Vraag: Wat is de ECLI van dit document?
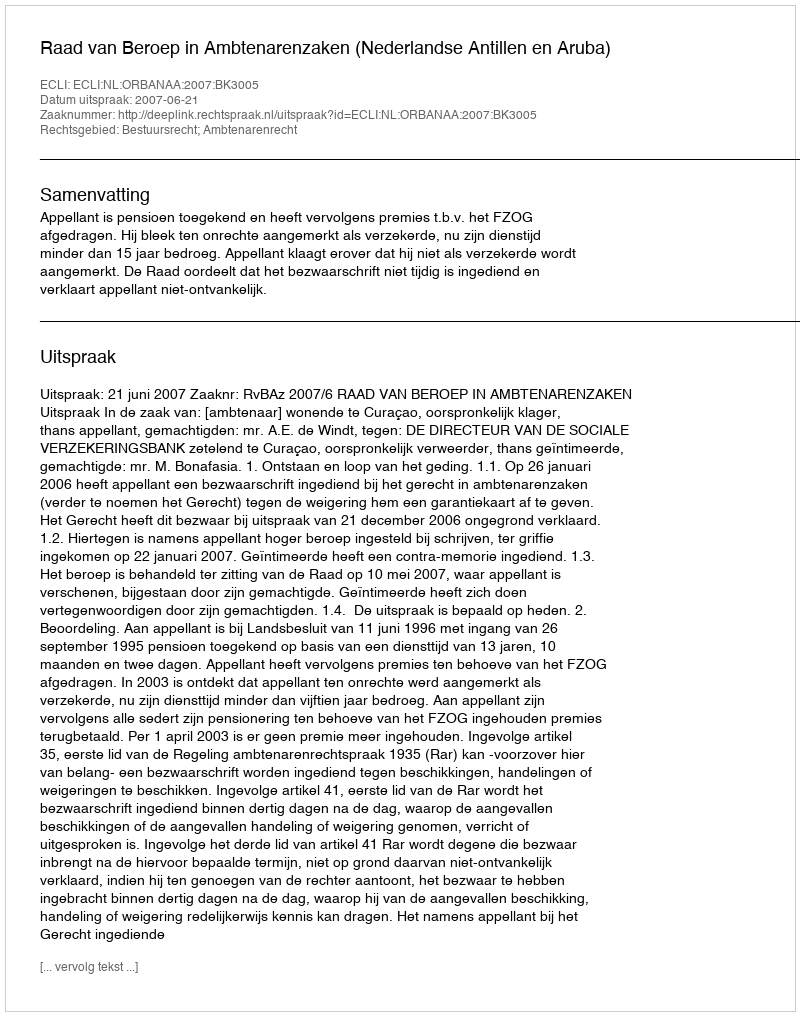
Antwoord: ECLI:NL:ORBANAA:2007:BK3005